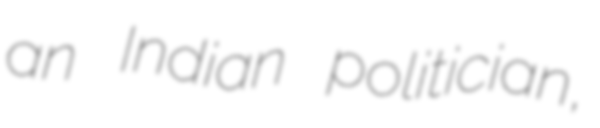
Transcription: an Indian politician,